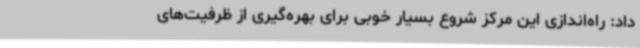
داد: راه‌اندازی این مرکز شروع بسیار خوبی برای بهره‌گیری از ظرفیت‌های